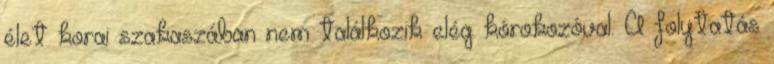
élet korai szakaszában nem találkozik elég kórokozóval. A folytatás